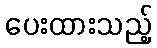
ပေးထားသည့်